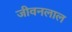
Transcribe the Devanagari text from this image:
जीवनलाल